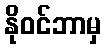
နိုဝင်ဘာမှ